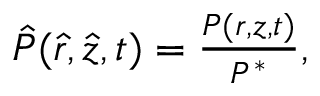
\begin{array} { r } { \hat { P } ( \hat { r } , \hat { z } , t ) = \frac { P ( r , z , t ) } { P ^ { * } } , } \end{array}